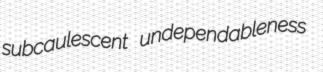
subcaulescent undependableness